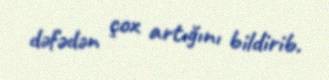
dəfədən çox artığını bildirib.